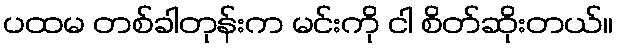
ပထမ တစ်ခါတုန်းက မင်းကို ငါ စိတ်ဆိုးတယ်။